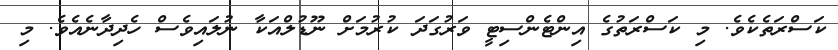
ކަސްރަތެކެވެ. މި ކަސްރަތުގެ އިންޓެންސިޓީ ވަރުގަދަ ކުރުމަށް ނޫޑުލްއަކާ ނުލައިވެސް ހެދިދާނެއެވެ. މި